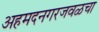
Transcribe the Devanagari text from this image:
अहमदनगरजवळचा